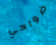
ضواحي